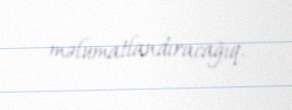
məlumatlandıracağıq.